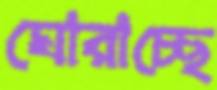
ঘোরাচ্ছে